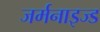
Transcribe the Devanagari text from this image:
जर्मनाइज्ड